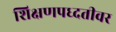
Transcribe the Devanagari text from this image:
शिक्षणपध्दतीवर